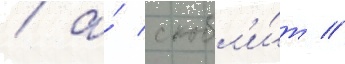
/ а́ скобл'и́т //